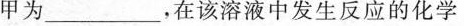
甲为___，在该溶液中发生反应的化学